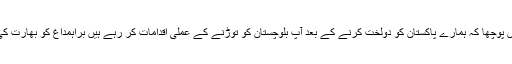
آپ نے بھارت سے یہ کیوں نہیں پوچھا کہ ہمارے پاکستان کو دولخت کرنے کے بعد آپ بلوچستان کو توڑنے کے عملی اقدامات کر رہے ہیں براہمداغ کو بھارت کی شہریت کیوں دی جا رہی ہے؟